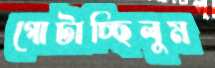
গোটাচ্ছিলুম